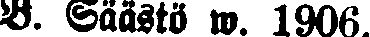
B. Säästö w. 1906.